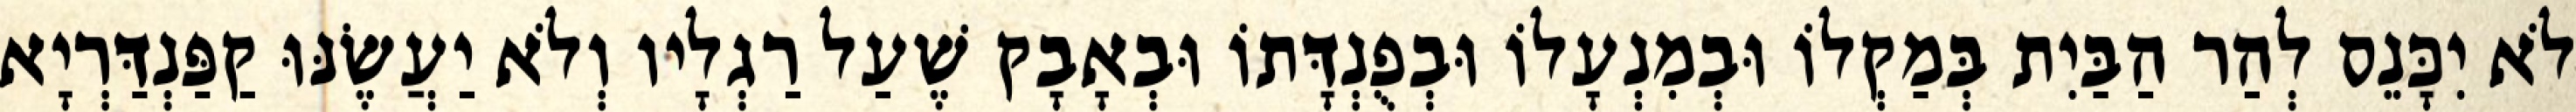
לֹא יִכָּנֵס לְהַר הַבַּיִת בְּמַקְלוֹ וּבְמִנְעָלוֹ וּבְפֻנְדָּתוֹ וּבְאָבָק שֶׁעַל רַגְלָיו וְלֹא יַעֲשֶׂנּוּ קַפַּנְדַּרְיָא